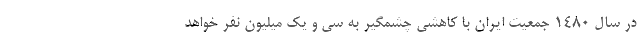
در سال ۱۴۸۰ جمعیت ایران با کاهشی چشمگیر به سی و یک میلیون نفر خواهد